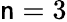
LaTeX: \mathsf{n}=3